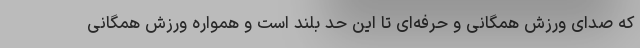
که صدای ورزش همگانی و حرفه‌ای تا این حد بلند است و همواره ورزش همگانی